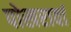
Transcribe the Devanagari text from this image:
पोखरावां